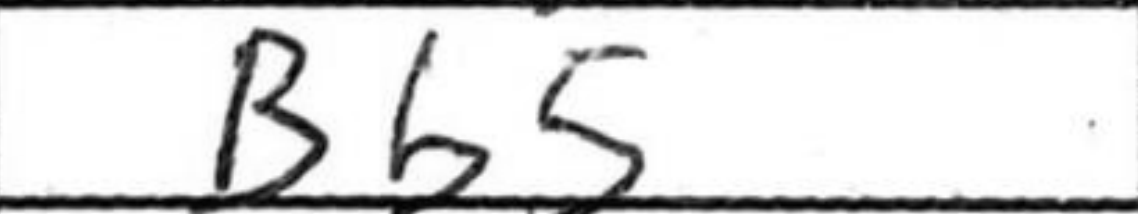
Transcription: Bb5